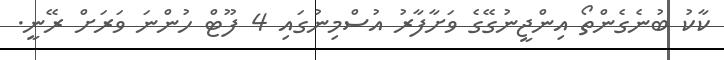
ކާކު ބުނެގެންތޯ އިންޖީނުގޭގެ ވަށާފާރު އުސްމިނުގައި 4 ފޫޓް ހުންނަ ވަރަށް ރޭނީ.